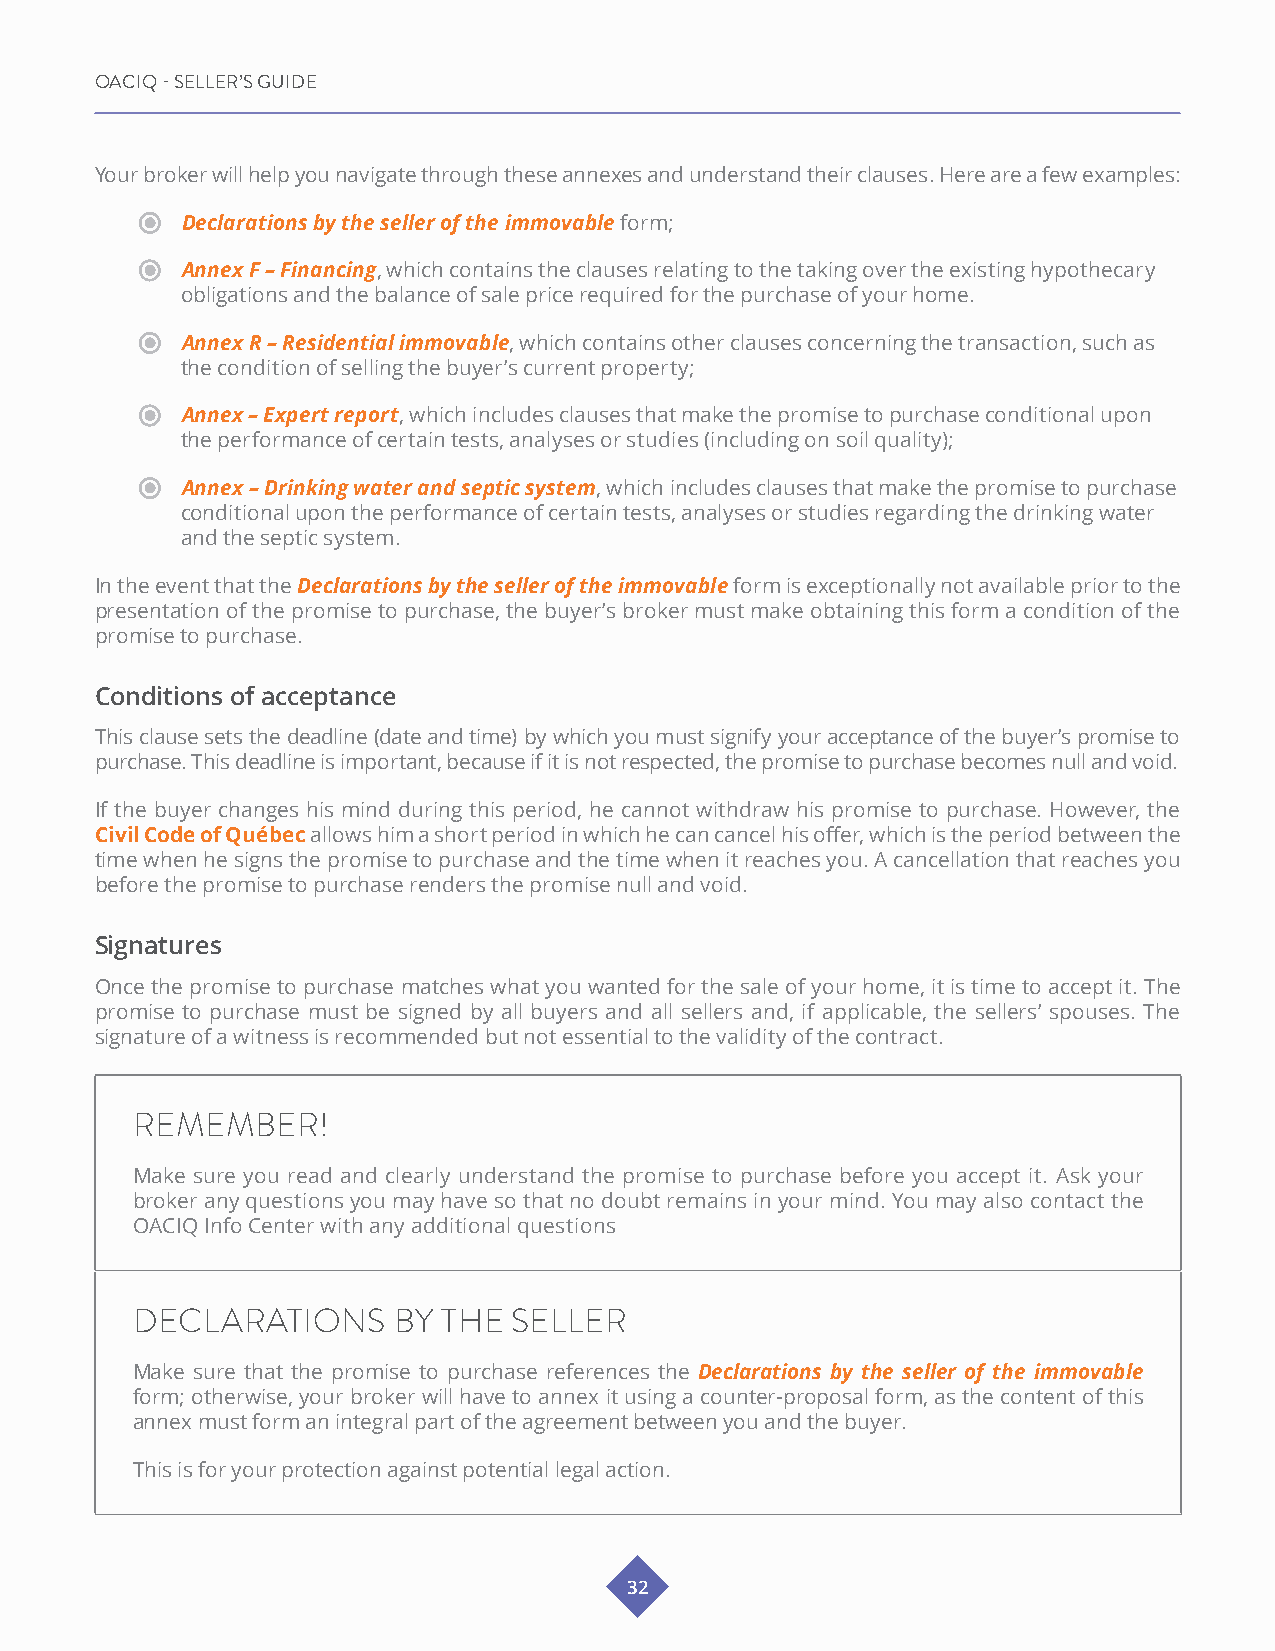
OACIQ - SELLER’S GUIDE
 Your broker will help you navigate through these annexes and understand their clauses. Here are a few examples:
 Declarations by the seller of the immovable form;
 Annex F – Financing, which contains the clauses relating to the taking over the existing hypothecary
 obligations and the balance of sale price required for the purchase of your home.
 Annex R – Residential immovable, which contains other clauses concerning the transaction, such as
 the condition of selling the buyer’s current property;
 Annex – Expert report, which includes clauses that make the promise to purchase conditional upon
 the performance of certain tests, analyses or studies (including on soil quality);
 Annex – Drinking water and septic system, which includes clauses that make the promise to purchase
 conditional upon the performance of certain tests, analyses or studies regarding the drinking water
 and the septic system.
 In the event that the Declarations by the seller of the immovable form is exceptionally not available prior to the
 presentation of the promise to purchase, the buyer’s broker must make obtaining this form a condition of the
 promise to purchase.
 Conditions of acceptance
 This clause sets the deadline (date and time) by which you must signify your acceptance of the buyer’s promise to
 purchase. This deadline is important, because if it is not respected, the promise to purchase becomes null and void.
 If the buyer changes his mind during this period, he cannot withdraw his promise to purchase. However, the
 Civil Code of Québec allows him a short period in which he can cancel his offer, which is the period between the
 time when he signs the promise to purchase and the time when it reaches you. A cancellation that reaches you
 before the promise to purchase renders the promise null and void.
 Signatures
 Once the promise to purchase matches what you wanted for the sale of your home, it is time to accept it. The
 promise to purchase must be signed by all buyers and all sellers and, if applicable, the sellers’ spouses. The
 signature of a witness is recommended but not essential to the validity of the contract.
 REMEMBER!
 Make sure you read and clearly understand the promise to purchase before you accept it. Ask your
 broker any questions you may have so that no doubt remains in your mind. You may also contact the
 OACIQ Info Center with any additional questions
 DECLARATIONS     BY THE  SELLER
 Make sure that the promise to purchase references the Declarations by the seller of the immovable
 form; otherwise, your broker will have to annex it using a counter-proposal form, as the content of this
 annex must form an integral part of the agreement between you and the buyer.
 This is for your protection against potential legal action.
 32